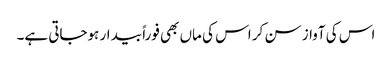
اس کی آواز سن کر اس کی ماں بھی فوراً بیدار ہوجاتی ہے۔